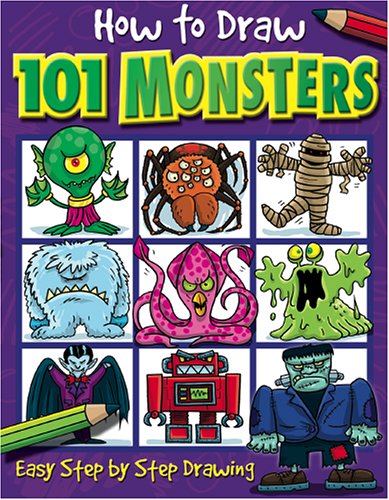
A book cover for How to Draw 101 Monsters: Easy Step-by-step Drawing (How to draw); Children's Books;